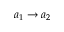
a _ { 1 } \rightarrow a _ { 2 }